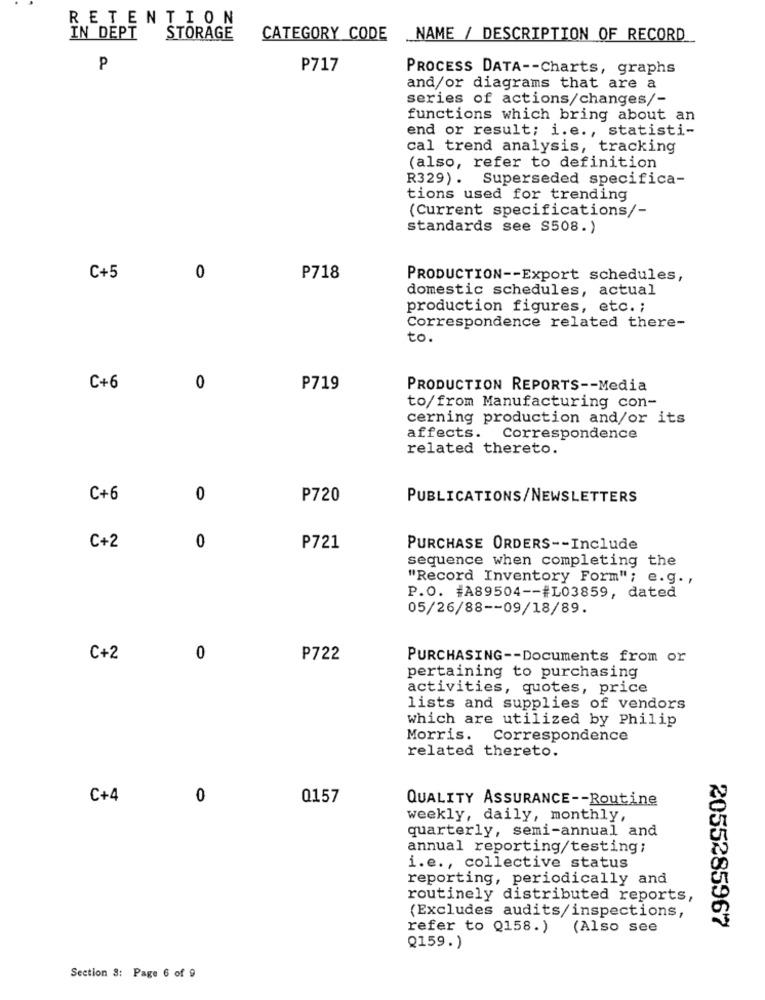
RETENTION
IN DEPT
STORAGE
CATEGORY CODE
NAME / DESCRIPTION OF RECORD
P
P717
PROCESS DATA -- Charts, graphs
and/or diagrams that are a
series of actions/changes/-
functions which bring about an
end or result; i.e ., statisti-
cal trend analysis, tracking
(also, refer to definition
R329). Superseded specifica-
tions used for trending
(Current specifications/-
standards see S508.)
C+5
0
P718
PRODUCTION -- Export schedules,
domestic schedules, actual
production figures, etc. ;
Correspondence related there-
to.
C+6
0
P719
PRODUCTION REPORTS -- Media
to/from Manufacturing con-
cerning production and/or its
affects. Correspondence
related thereto.
C+6
0
P720
PUBLICATIONS/NEWSLETTERS
0
C+2
P721
PURCHASE ORDERS -- Include
sequence when completing the
"Record Inventory Form"; e.g. ,
P.O. #A89504 -- #L03859, dated
05/26/88 -- 09/18/89.
C +2
0
P722
PURCHASING -- Documents from or
pertaining to purchasing
activities, quotes, price
lists and supplies of vendors
which are utilized by Philip
Morris. Correspondence
related thereto.
C+4
0
0157
QUALITY ASSURANCE -- Routine
weekly, daily, monthly,
quarterly, semi-annual and
annual reporting/testing;
i.e ., collective status
reporting, periodically and
routinely distributed reports,
(Excludes audits/inspections,
refer to Q158.) (Also see
2055285967
Q159.)
Section 8: Page 6 of 9